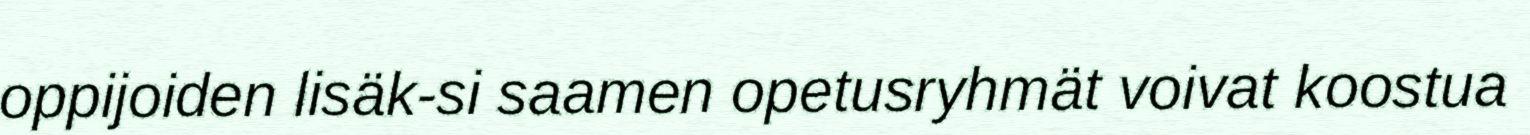
oppijoiden lisäk-si saamen opetusryhmät voivat koostua